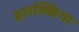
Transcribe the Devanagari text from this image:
इलक्किया